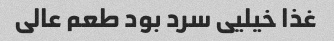
غذا خیلیی سرد بود طعم عالی